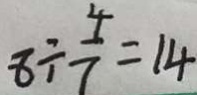
8 \div \frac { 4 } { 7 } = 1 4